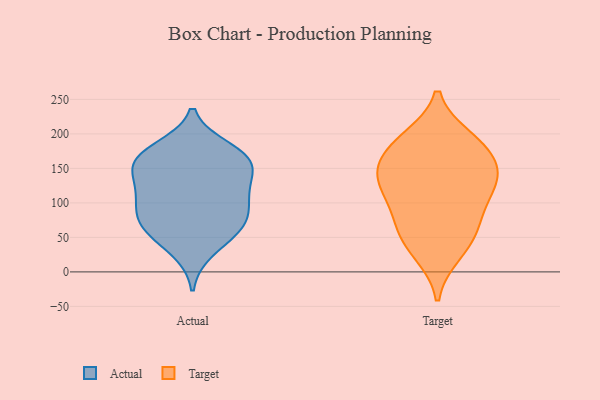
{"axis": {"x": "Temperature (°C)", "y": "Value"}, "legend": ["Actual", "Target"], "data": [{"x": "", "y": 66, "type": "Actual"}, {"x": "", "y": 159, "type": "Actual"}, {"x": "", "y": 116, "type": "Actual"}, {"x": "", "y": 93, "type": "Actual"}, {"x": "", "y": 61, "type": "Actual"}, {"x": "", "y": 178, "type": "Actual"}, {"x": "", "y": 160, "type": "Actual"}, {"x": "", "y": 143, "type": "Actual"}, {"x": "", "y": 164, "type": "Actual"}, {"x": "", "y": 106, "type": "Actual"}, {"x": "", "y": 123, "type": "Actual"}, {"x": "", "y": 31, "type": "Actual"}, {"x": "", "y": 80, "type": "Actual"}, {"x": "", "y": 169, "type": "Actual"}, {"x": "", "y": 63, "type": "Actual"}, {"x": "", "y": 193, "type": "Target"}, {"x": "", "y": 123, "type": "Target"}, {"x": "", "y": 186, "type": "Target"}, {"x": "", "y": 27, "type": "Target"}, {"x": "", "y": 120, "type": "Target"}, {"x": "", "y": 65, "type": "Target"}, {"x": "", "y": 40, "type": "Target"}, {"x": "", "y": 68, "type": "Target"}, {"x": "", "y": 140, "type": "Target"}, {"x": "", "y": 130, "type": "Target"}, {"x": "", "y": 186, "type": "Target"}, {"x": "", "y": 160, "type": "Target"}, {"x": "", "y": 90, "type": "Target"}, {"x": "", "y": 152, "type": "Target"}]}